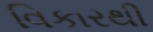
વિકારથી